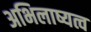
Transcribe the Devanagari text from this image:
अभिलाष्यत्व